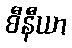
စီနီယာ